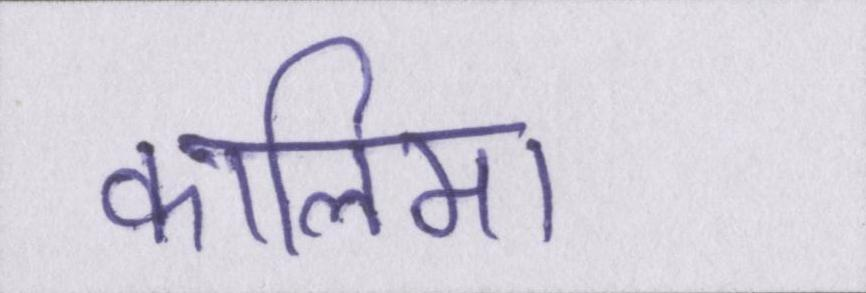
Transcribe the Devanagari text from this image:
कालिमा